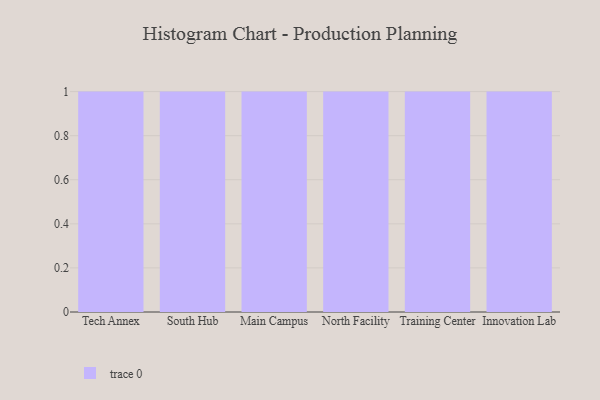
{"axis": {"x": "Campus", "y": "Market Share (%)"}, "legend": [""], "data": [{"x": "Tech Annex", "y": 35, "type": ""}, {"x": "South Hub", "y": 47, "type": ""}, {"x": "Main Campus", "y": 28, "type": ""}, {"x": "North Facility", "y": 95, "type": ""}, {"x": "Training Center", "y": 29, "type": ""}, {"x": "Innovation Lab", "y": 55, "type": ""}]}